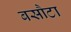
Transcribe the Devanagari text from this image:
बसौटा